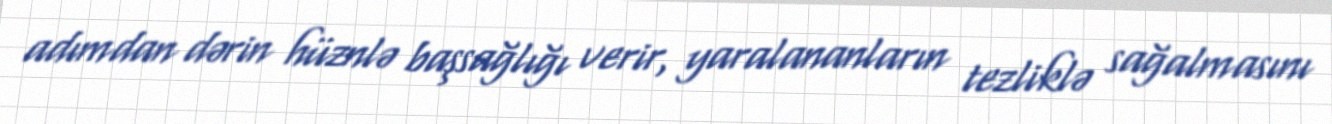
adımdan dərin hüznlə başsağlığı verir, yaralananların tezliklə sağalmasını